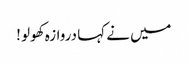
میں نے کہا دروازہ کھولو !